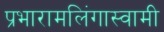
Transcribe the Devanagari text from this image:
प्रभारामलिंगास्वामी